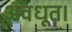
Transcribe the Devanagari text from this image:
अवधूत।